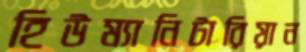
হিউম্যানিটারিয়ান